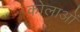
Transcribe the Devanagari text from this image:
कोलाओं